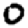
Digit: 0